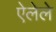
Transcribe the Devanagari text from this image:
ऐलेले